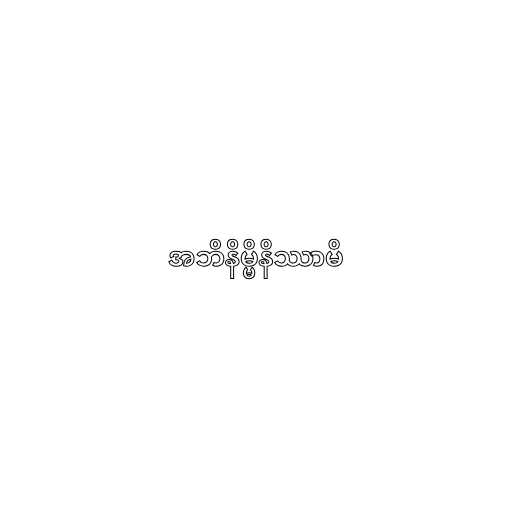
အဘိနိမ္မိနိဿာမိ